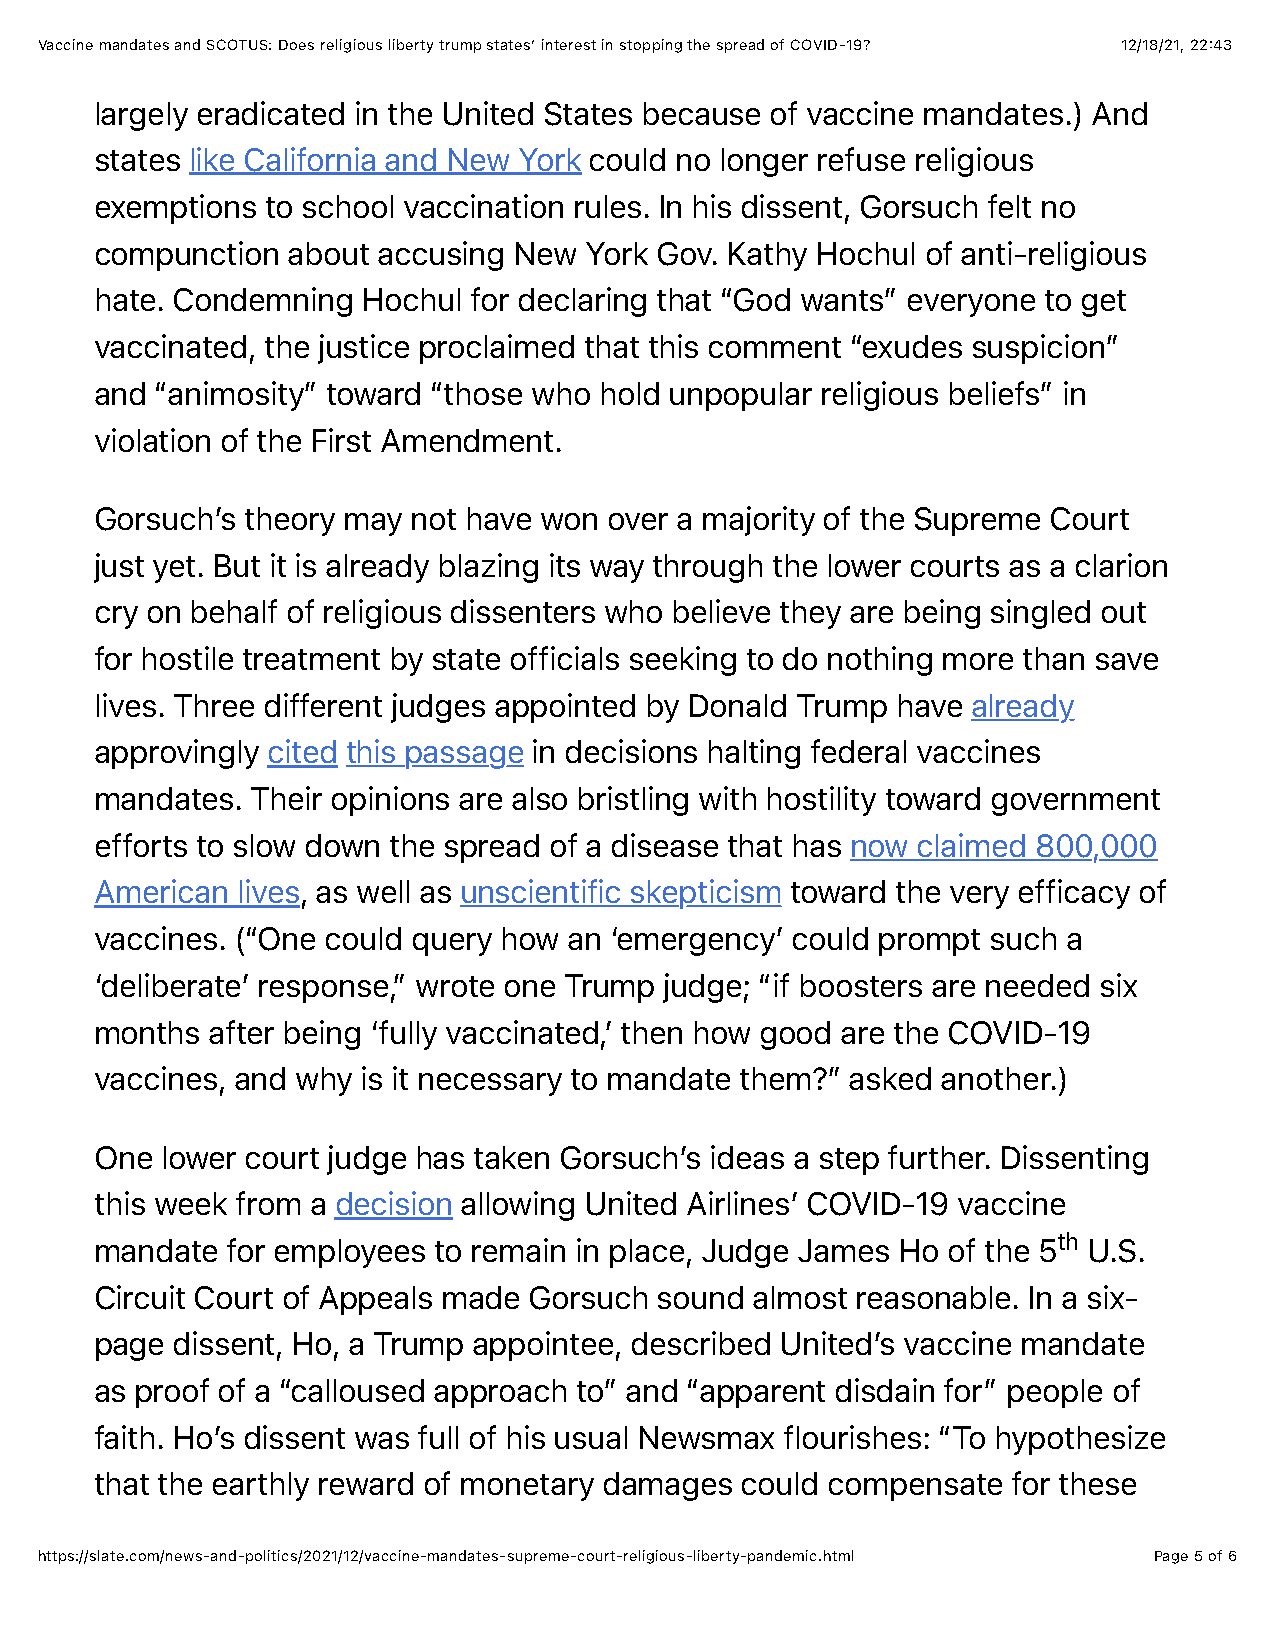
Vaccine mandates and SCOTUS: Does religious liberty trump states’ interest in stopping the spread of COVID-19? 12/18/21, 22:43
 largely eradicated in the United States because of vaccine mandates.) And
 states like California and New York could no longer refuse religious
 exemptions  to school vaccination rules. In his dissent, Gorsuch felt no
 compunction  about accusing New  York Gov. Kathy Hochul of anti-religious
 hate. Condemning  Hochul for declaring that “God wants” everyone to get
 vaccinated, the justice proclaimed that this comment “exudes suspicion”
 and “animosity” toward “those who hold unpopular religious beliefs” in
 violation of the First Amendment.
 Gorsuch’s theory may not have won over a majority of the Supreme Court
 just yet. But it is already blazing its way through the lower courts as a clarion
 cry on behalf of religious dissenters who believe they are being singled out
 for hostile treatment by state officials seeking to do nothing more than save
 lives. Three different judges appointed by Donald Trump have already
 approvingly cited this passage in decisions halting federal vaccines
 mandates.  Their opinions are also bristling with hostility toward government
 efforts to slow down the spread of a disease that has now claimed 800,000
 American  lives, as well as unscientific skepticism toward the very efficacy of
 vaccines. (“One could query how an ‘emergency’ could prompt such a
 ‘deliberate’ response,” wrote one Trump judge; “if boosters are needed six
 months  after being ‘fully vaccinated,’ then how good are the COVID-19
 vaccines, and why is it necessary to mandate them?” asked another.)
 One  lower court judge has taken Gorsuch’s ideas a step further. Dissenting
 this week from a decision allowing United Airlines’ COVID-19 vaccine
 mandate  for employees to remain in place, Judge James Ho of the 5th U.S.
 Circuit Court of Appeals made Gorsuch sound almost reasonable. In a six-
 page dissent, Ho, a Trump appointee, described United’s vaccine mandate
 as proof of a “calloused approach to” and “apparent disdain for” people of
 faith. Ho’s dissent was full of his usual Newsmax flourishes: “To hypothesize
 that the earthly reward of monetary damages could compensate for these
 https://slate.com/news-and-politics/2021/12/vaccine-mandates-supreme-court-religious-liberty-pandemic.html Page 5 of 6